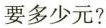
要多少元?